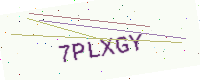
Text: 7PLXGY